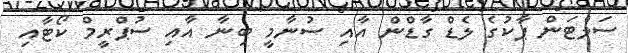
ސަލްޓަން ޕާކުގެ ލެޑް ގާޑްން އާއި ސުނާމީ ބިނާ އާއި ސުޕްރީމް ކޯޓާއި